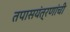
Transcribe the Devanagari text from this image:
तपासयंत्रणांची